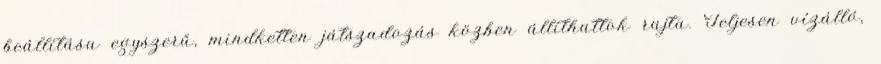
beállítása egyszerű, mindketten játszadozás közben állíthattok rajta. Teljesen vízálló,